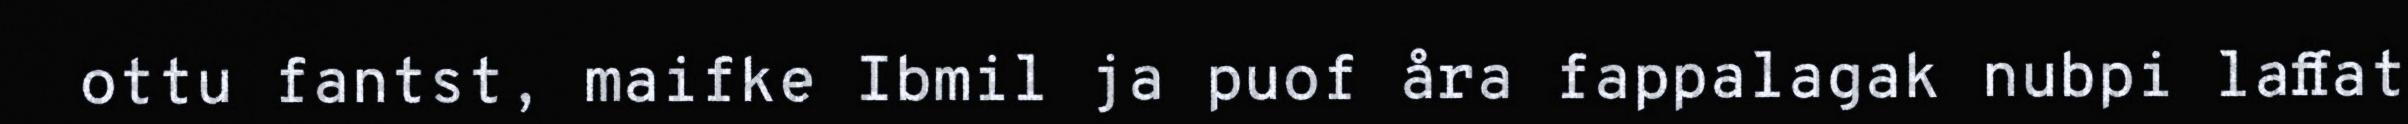
ottu fantst, maifke Ibmil ja puof åra fappalagak nubpi laffat